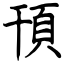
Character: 頇